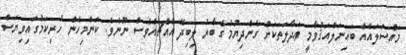
މައްސަލައެއް ބައިނަލްއަޤުވާމީ ޢަދާލަތަކަށް ގެންދިޔުމުގެ ބާރު ލިބިދޭ އެއްޗެއްވެސް ނޫނެވެ. ކަންމިހެން ހުރިކަމުގައިވިޔަސް